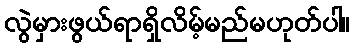
လွဲမှားဖွယ်ရာရှိလိမ့်မည်မဟုတ်ပါ။